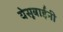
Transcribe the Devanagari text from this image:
येसूबाईंनी